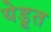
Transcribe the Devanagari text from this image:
येडूत